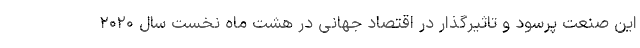
این صنعت پرسود و تاثیرگذار در اقتصاد جهانی در هشت ماه نخست سال ۲۰۲۰